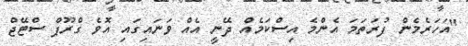
"އަހަރެމެން ފުރަތަމަ އެންމެ އިސްކަމެއް ދޭނީ އެއް ވަނައިގައި އޮވެ ގްރޫޕް ސްޓޭޖް